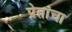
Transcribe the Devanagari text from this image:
प्रेतांचा